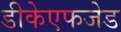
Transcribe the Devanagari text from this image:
डीकेएफजेड